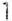
1